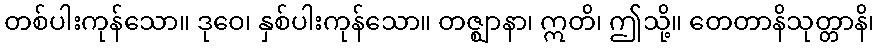
တစ်ပါးကုန်သော။ ဒုဝေ၊ နှစ်ပါးကုန်သော။ တဇ္ဈာနာ၊ ဣတိ၊ ဤသို့။ တေတာနိသုတ္တာနိ၊